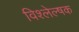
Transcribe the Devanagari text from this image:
विश्लेल्षक